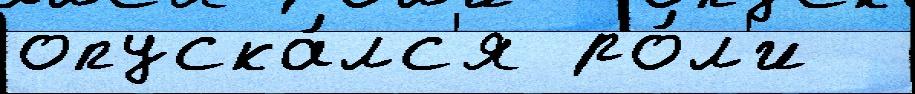
опуска́лс'я ро́л'и